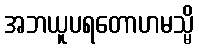
အဘယူပရတောဟမသ္မိ